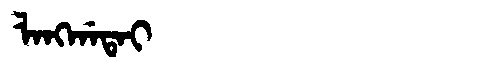
Manchu: ᠯᠠᠩᡤᠠᡨᠠᡳ
Romanization: LANGGATAI